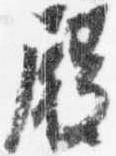
殿